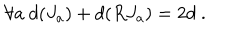
LaTeX: \forall a ~ d ( J _ { a } ) + d ( R J _ { a } ) = 2 d ~ .